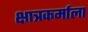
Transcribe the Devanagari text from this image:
क्षात्रकर्माला